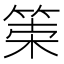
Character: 𥮮